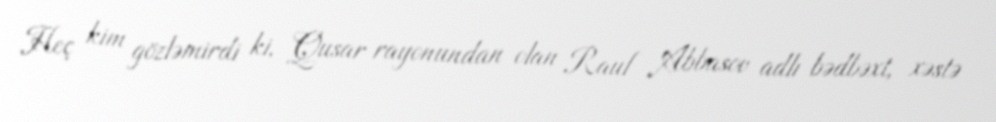
Heç kim gözləmirdi ki, Qusar rayonundan olan Rauf Abbasov adlı bədbəxt, xəstə